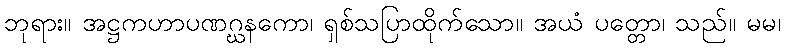
ဘုရား။ အဋ္ဌကဟာပဏဂ္ဃနကော၊ ရှစ်သပြာထိုက်သော။ အယံ ပတ္တော၊ သည်။ မမ၊